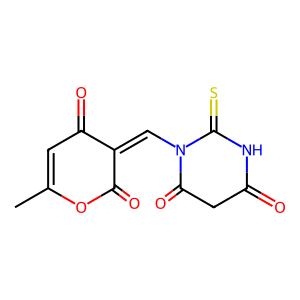
SMILES: CC1=CC(=O)C(=CN2C(=O)CC(=O)NC2=S)C(=O)O1
Inhibits HIV replication: No